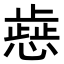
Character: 𢡬